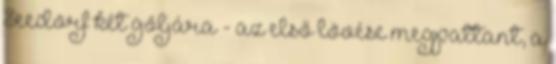
Seedorf két góljára - az első lövése megpattant, a